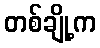
တစ်ချို့က